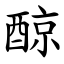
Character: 䣼